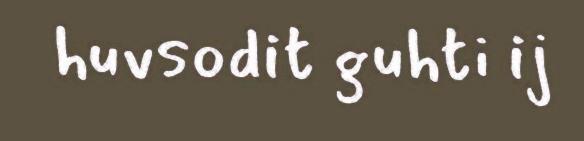
huvsodit guhti ij